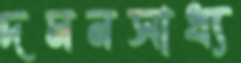
দমনসাধ্য